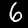
Label: 6